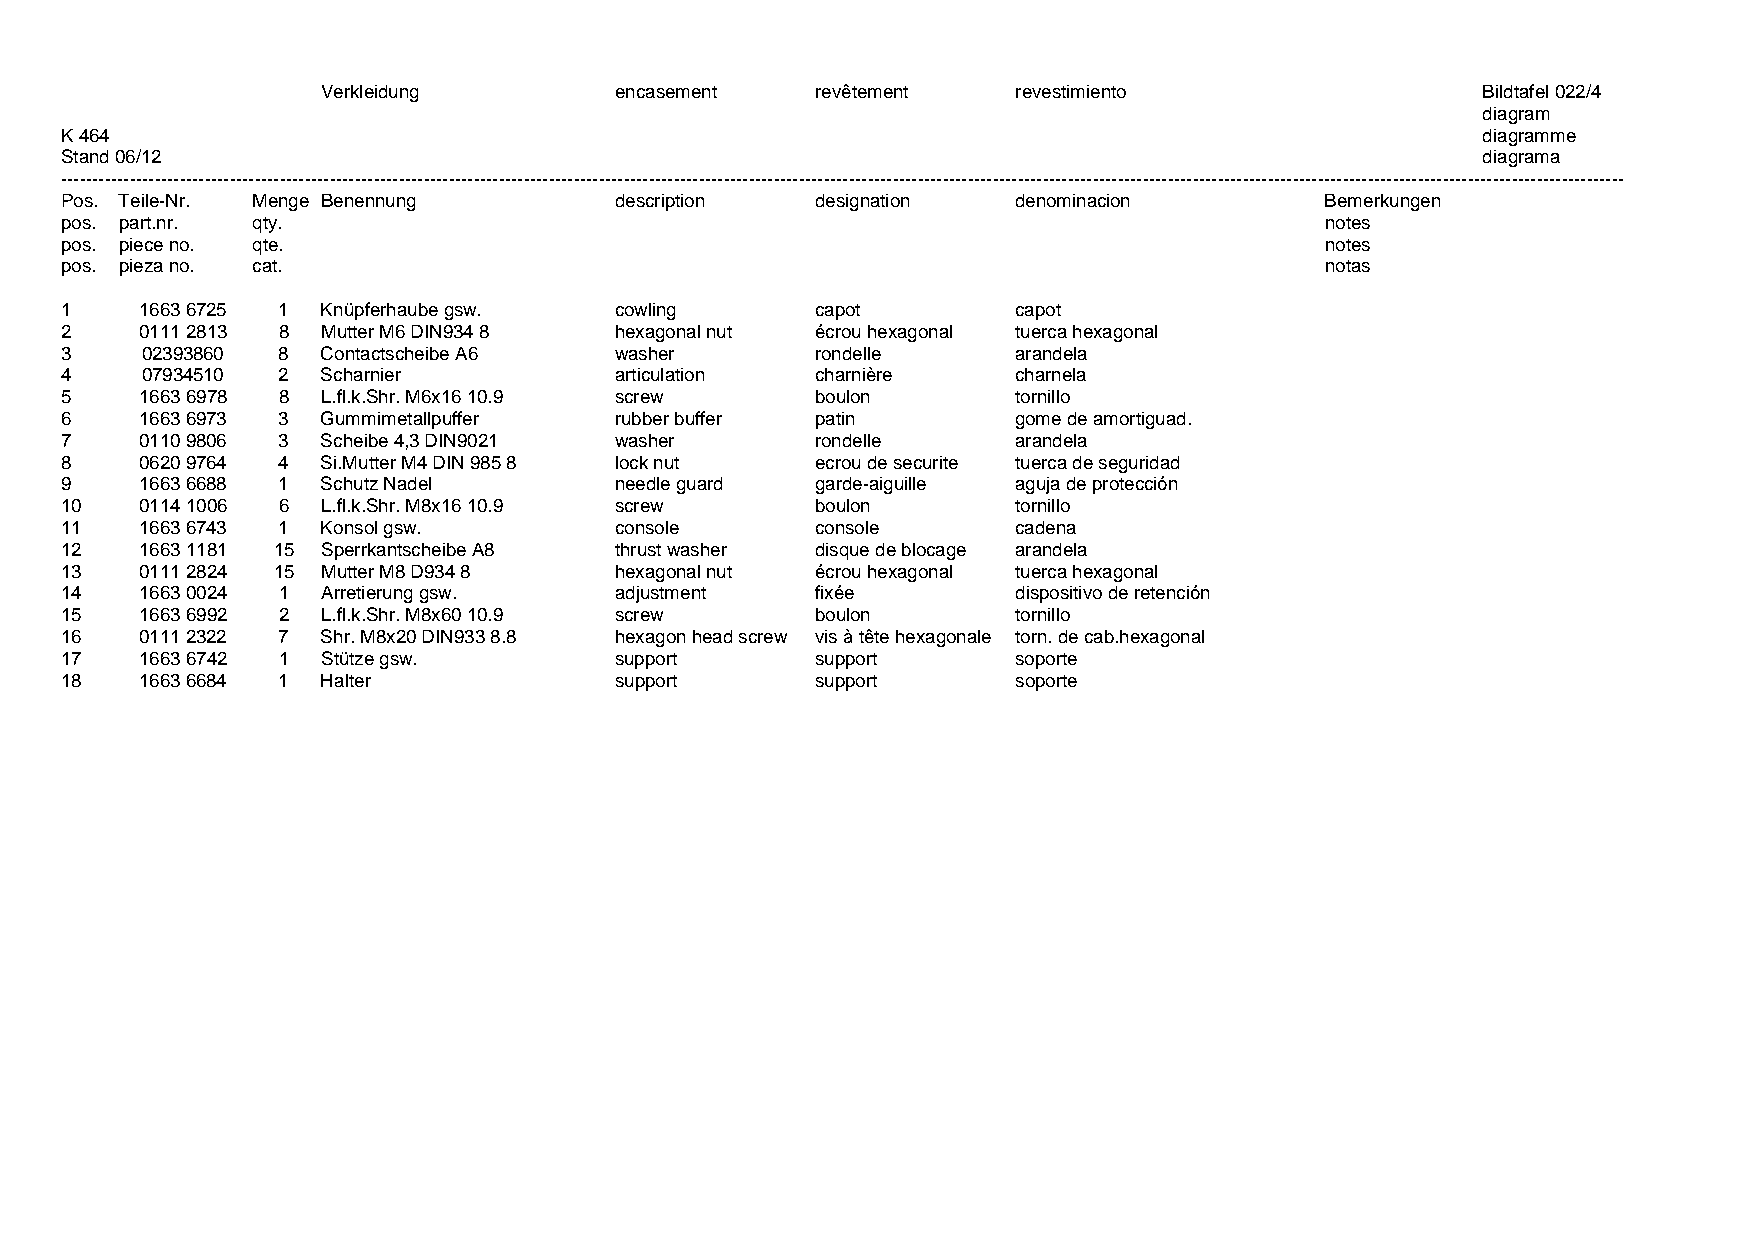
Verkleidung         encasement   revêtement   revestimiento                  Bildtafel 022/4
 diagram
 K 464                                                                                         diagramme
 Stand 06/12                                                                                   diagrama
 ----------------------------------------------------------------------------------------------------------------------------------------------------------------------------------------------------------------------------------------------------------
 Pos. Teile-Nr. Menge Benennung       description  designation  denominacion         Bemerkungen
 pos. part.nr. qty.                                                                  notes
 pos. piece no. qte.                                                                 notes
 pos. pieza no. cat.                                                                 notas
 1    1663 6725 1 Knüpferhaube gsw.   cowling      capot        capot
 2    0111 2813 8 Mutter M6 DIN934 8  hexagonal nut écrou hexagonal tuerca hexagonal
 3    02393860 8  Contactscheibe A6   washer       rondelle     arandela
 4    07934510 2  Scharnier           articulation charnière    charnela
 5    1663 6978 8 L.fl.k.Shr. M6x16 10.9 screw     boulon       tornillo
 6    1663 6973 3 Gummimetallpuffer   rubber buffer patin       gome de amortiguad.
 7    0110 9806 3 Scheibe 4,3 DIN9021 washer       rondelle     arandela
 8    0620 9764 4 Si.Mutter M4 DIN 985 8 lock nut  ecrou de securite tuerca de seguridad
 9    1663 6688 1 Schutz Nadel        needle guard garde-aiguille aguja de protección
 10   0114 1006 6 L.fl.k.Shr. M8x16 10.9 screw     boulon       tornillo
 11   1663 6743 1 Konsol gsw.         console      console      cadena
 12   1663 1181 15 Sperrkantscheibe A8 thrust washer disque de blocage arandela
 13   0111 2824 15 Mutter M8 D934 8   hexagonal nut écrou hexagonal tuerca hexagonal
 14   1663 0024 1 Arretierung gsw.    adjustment   fixée        dispositivo de retención
 15   1663 6992 2 L.fl.k.Shr. M8x60 10.9 screw     boulon       tornillo
 16   0111 2322 7 Shr. M8x20 DIN933 8.8 hexagon head screw vis à tête hexagonale torn. de cab.hexagonal
 17   1663 6742 1 Stütze gsw.         support      support      soporte
 18   1663 6684 1 Halter              support      support      soporte